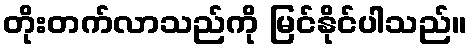
တိုးတက်လာသည်ကို မြင်နိုင်ပါသည်။